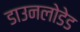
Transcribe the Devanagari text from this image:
डाउनलोडेड